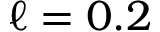
\ell = 0 . 2